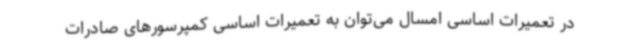
در تعمیرات ‌اساسی امسال می‌توان به تعمیرات‌ اساسی کمپرسورهای صادرات